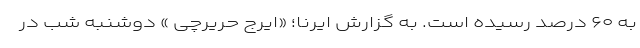
به ۶۰ درصد رسیده است. به گزارش ایرنا؛ «ایرج حریرچی » دوشنبه شب در